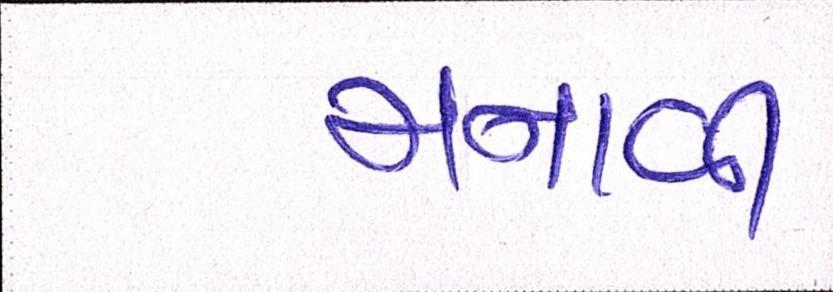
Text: મનાવી